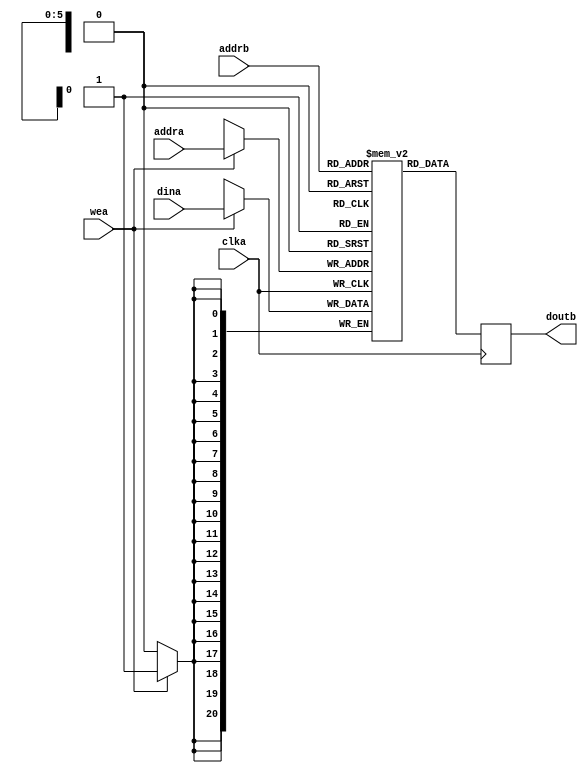
module TagV #(
  parameter RAM_WIDTH = 21,                       // Specify RAM data width
  parameter RAM_DEPTH = 64,                      // Specify RAM depth (number of entries)
  parameter INIT_FILE = ""                        // Specify name/location of RAM initialization file if using one (leave blank if not)
) (
  input [clogb2(RAM_DEPTH-1)-1:0] addra, // Write address bus, width determined from RAM_DEPTH
  input [clogb2(RAM_DEPTH-1)-1:0] addrb, // Read address bus, width determined from RAM_DEPTH
  input [RAM_WIDTH-1:0] dina,          // RAM input data
  input clka,                          // Clock
  input wea,                           // Write enable
  output [RAM_WIDTH-1:0] doutb         // RAM output data
);

  (* ram_style = "distributed" *)
  reg [RAM_WIDTH-1:0] BRAM [RAM_DEPTH-1:0];
  reg [RAM_WIDTH-1:0] ram_data_b = {RAM_WIDTH{1'b0}};

  // The following code either initializes the memory values to a specified file or to all zeros to match hardware
  generate
    if (INIT_FILE != "") begin: use_init_file
      initial
        $readmemh(INIT_FILE, BRAM, 0, RAM_DEPTH-1);
    end else begin: init_bram_to_zero
      integer ram_index;
      initial
        for (ram_index = 0; ram_index < RAM_DEPTH; ram_index = ram_index + 1)
          BRAM[ram_index] = {RAM_WIDTH{1'b0}};
    end
  endgenerate

    always @(posedge clka)
        if (wea) begin
            BRAM[addra] <= dina;
        end 

    always @(posedge clka)
        ram_data_b <= BRAM[addrb];

    assign doutb = ram_data_b;


  //  The following function calculates the address width based on specified RAM depth
  function integer clogb2;
    input integer depth;
      for (clogb2=0; depth>0; clogb2=clogb2+1)
        depth = depth >> 1;
  endfunction

endmodule